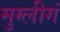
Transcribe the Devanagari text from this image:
मुग्लीगं